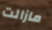
مازالت